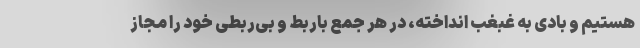
هستیم و بادی به غبغب انداخته، در هر جمع باربط و بی‌ربطی خود را مجاز